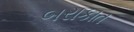
બરાકાત